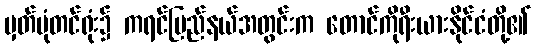
မှတ်ပုံတင်ရုံး၌ ကရင်ပြည်နယ်အတွင်းက တောင်ကိုရီးယားနိုင်ငံတို့၏